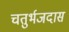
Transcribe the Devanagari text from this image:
चतुर्भजदास